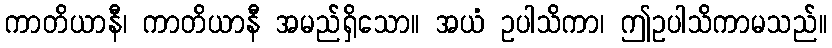
ကာတိယာနီ၊ ကာတိယာနီ အမည်ရှိသော။ အယံ ဥပါသိကာ၊ ဤဥပါသိကာမသည်။